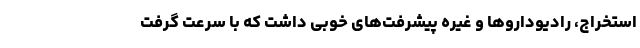
استخراج، رادیوداروها و غیره پیشرفت‌های خوبی داشت که با سرعت گرفت